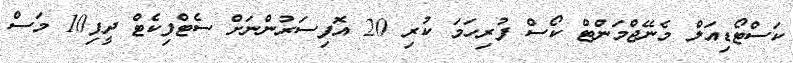
ކަސްޓޯޑިއަލް މެނޭޖްމަންޓް ކޯސް ފުރިހަމަ ކުރި 20 އޮފިސަރުންނަށް ސެޓްފިކެޓް ދީފި10 މަސް